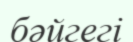
бәйгегі